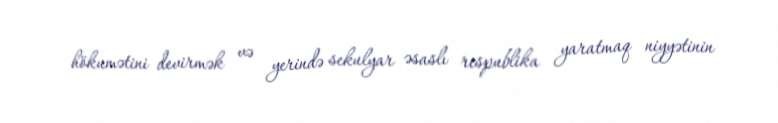
hökumətini devirmək və yerində sekulyar əsaslı respublika yaratmaq niyyətinin